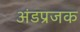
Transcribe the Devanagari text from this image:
अंडप्रजक